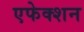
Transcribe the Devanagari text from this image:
एफेक्शन